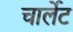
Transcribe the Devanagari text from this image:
चार्लेट